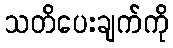
သတိပေးချက်ကို